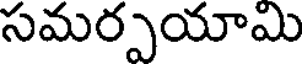
సమర్పయామి